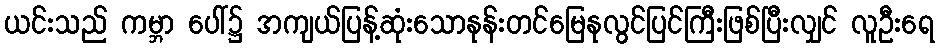
ယင်းသည် ကမ္ဘာ ပေါ်၌ အကျယ်ပြန့်ဆုံးသောနုန်းတင်မြေနုလွင်ပြင်ကြီးဖြစ်ပြီးလျှင် လူဦးရေ